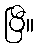
ပြီ။